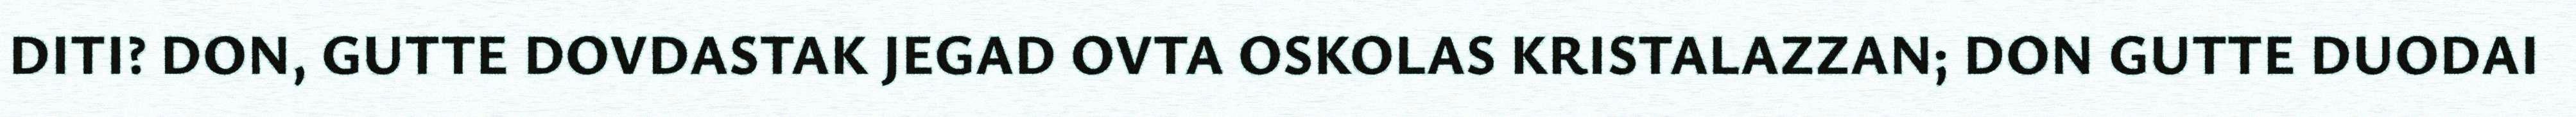
DITI? DON, GUTTE DOVDASTAK JEGAD OVTA OSKOLAS KRISTALAZZAN; DON GUTTE DUODAI